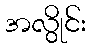
အလွိုင်း